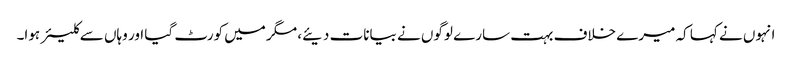
انہوں نے کہا کہ میرے خلاف بہت سارے لوگوں نے بیانات دیئے، مگر میں کورٹ گیا اور وہاں سے کلیئر ہوا۔